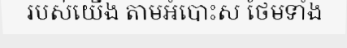
របស់យើង តាមអំបោះស ថែមទាំង